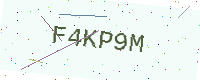
Text: F4KP9M